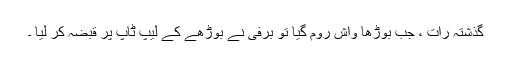
گذشتہ رات ، جب بوڑھا واش روم گیا تو برفی نے بوڑھے کے لیپ ٹاپ پر قبضہ کر لیا ۔